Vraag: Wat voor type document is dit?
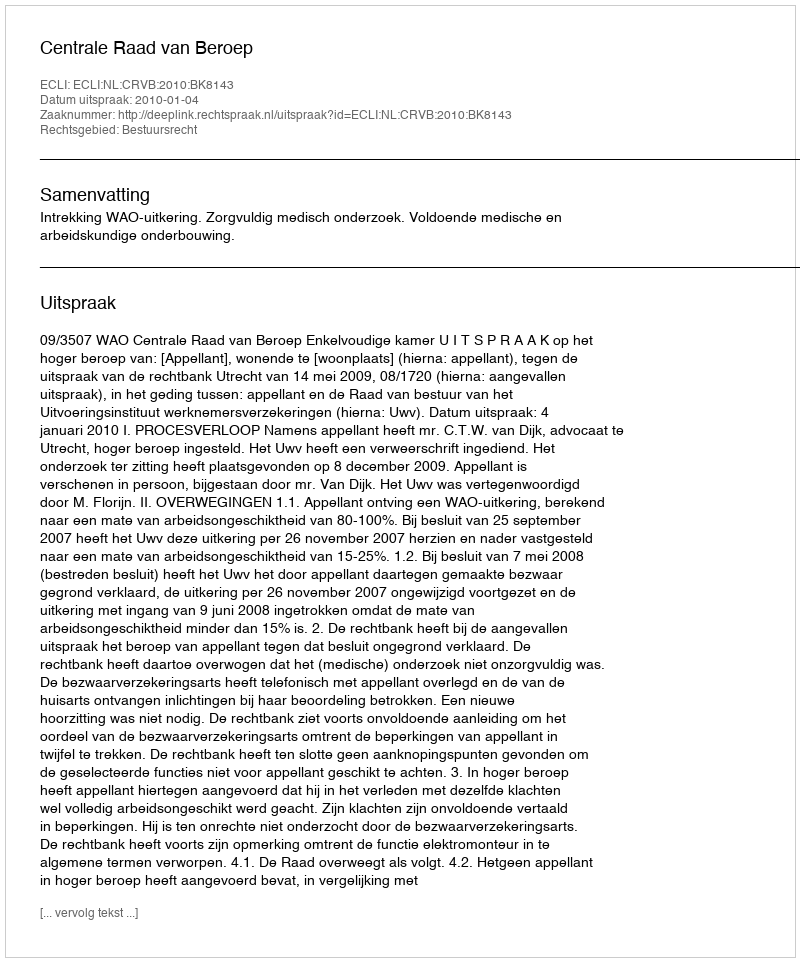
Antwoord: Uitspraak